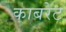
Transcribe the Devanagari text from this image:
काबरेट